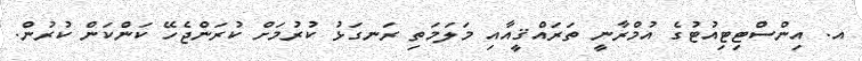
އ. އިންސްޓިޓިއުޓުގެ އުމްރާނީ ތަރައްޤީއާއި މަލަމަތި ރަނގަޅު ކުރުމަށް ކުރަންޖެހޭ ކަންކަން ކުރުން.